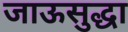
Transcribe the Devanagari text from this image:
जाऊसुद्धा